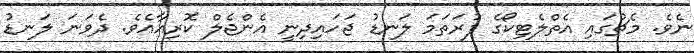
ނެވެ. މެޗުގައި އެތްލެޓިކޯގެ ފުރަތަމަ ލަނޑު ޖަހައިދިނީ އެންޖެލް ކޮރިއާއެވެ. ދެވަނަ ލަނޑު